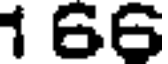
1 66